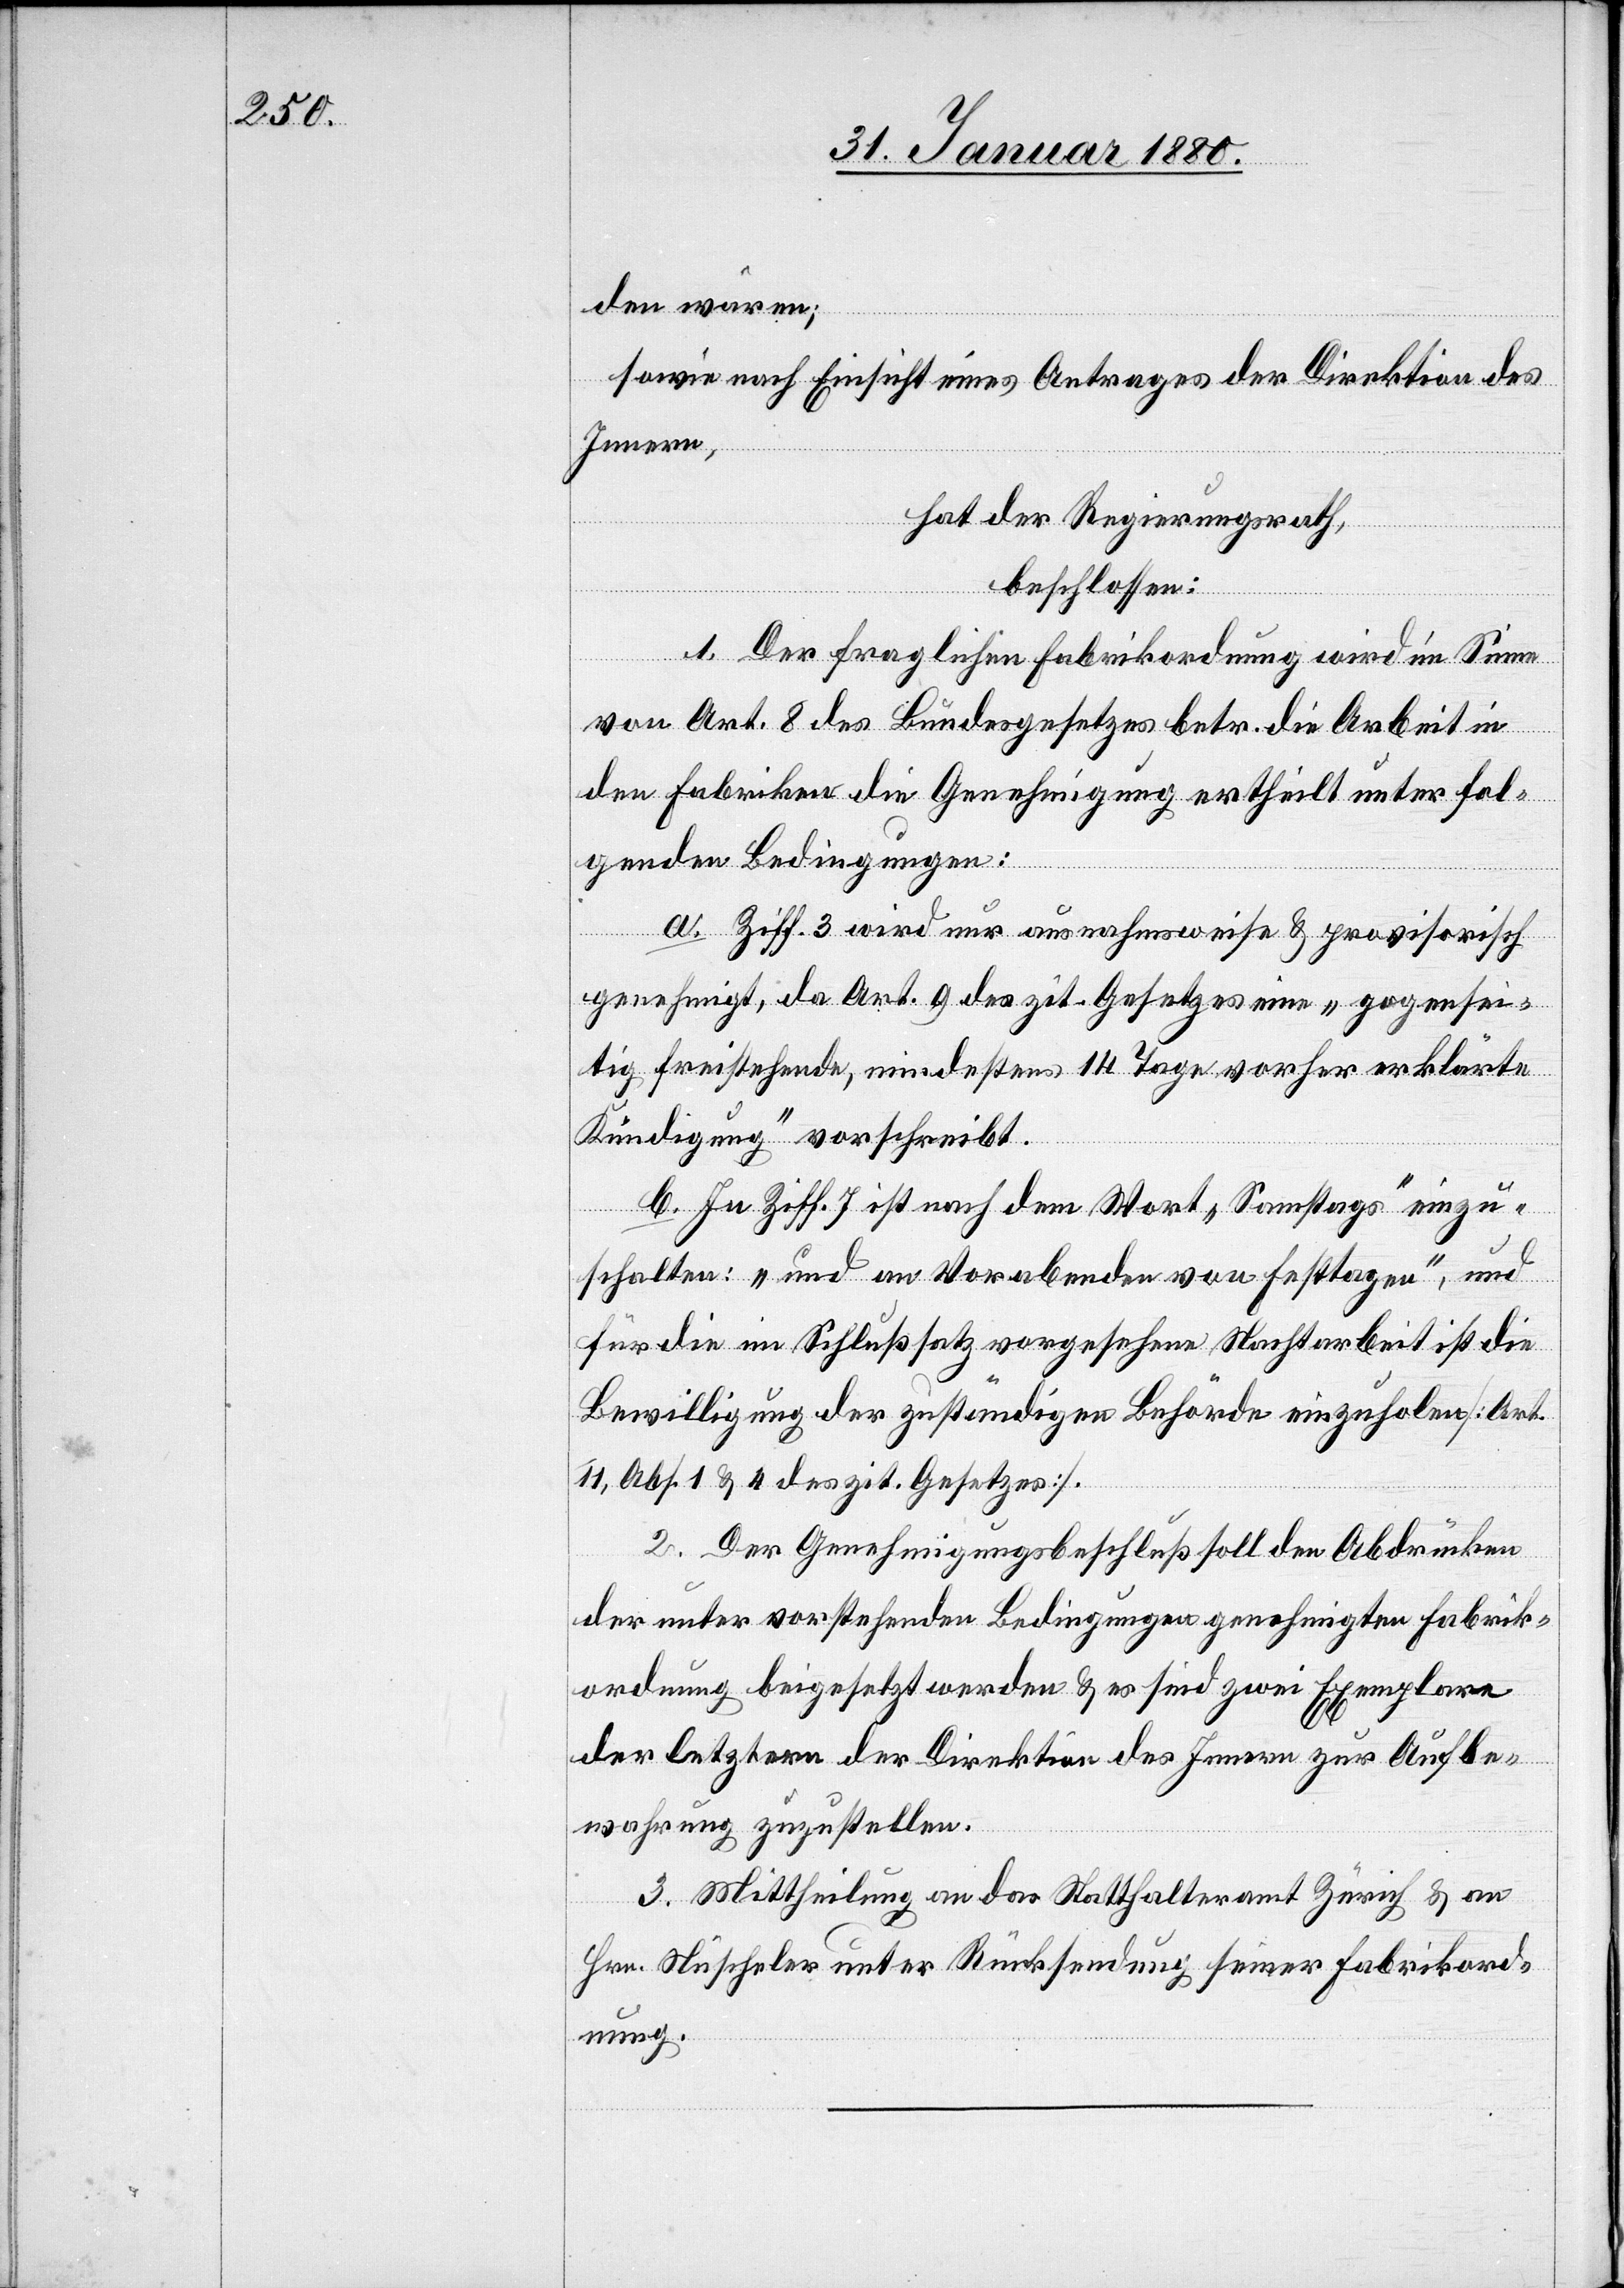
den wären,
sowie nach Einsicht eines Antrages der Direktion des
Innern,
hat der Regierungsrath,
beschlossen:
1. Der fraglichen Fabrikordnung wird im Sinne
von Art. 8 des Bundesgesetzes betr. die Arbeit in
den Fabriken die Genehmigung ertheilt unter fol¬
genden Bedingungen:
a. Ziff. 3 wird nur ausnahmsweise & provisorisch
genehmigt, da Art. 9 des zit. Gesetzes eine „gegensei¬
tig freistehende, mindestens 14 Tage vorher erklärte
Kündigung“ vorschreibt.
b. In Ziff. 7 ist nach dem Wort „Samstags“ einzu¬
schalten: „und an Vorabenden von Festtagen“, und
für die im Schlußsatz vorgesehen Nachtarbeit ist die
Bewilligung der zuständigen Behörde einzuholen [Art.
11, Abs. 1 & 4 des zit. Gesetzes].
2. Der Genehmigungsbeschluß soll den Abdrücken
der unter vorstehenden Bedingungen genehmigten Fabrik¬
ordnung beigesetzt werden & es sind zwei Exemplare
der letztern der Direktion des Innern zur Aufbe¬
wahrung zuzustellen.
3. Mittheilung an das Statthalteramt Zürich & an
Hrn. Nüscheler unter Rücksendung seiner Fabrikord¬
nung.